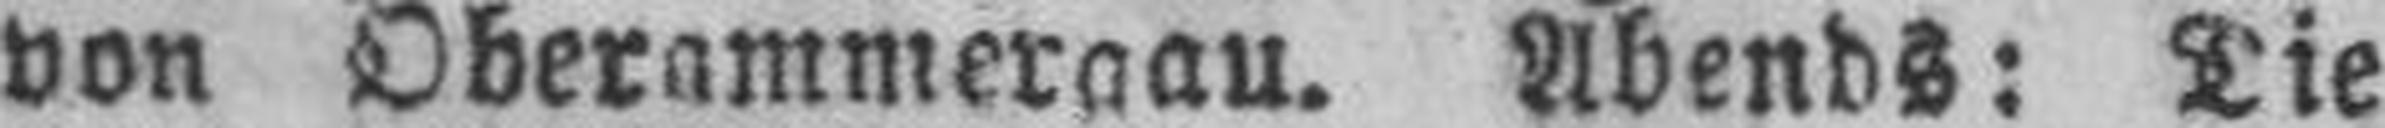
von Oberammergau. Abends: Die